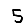
Digit: 5